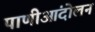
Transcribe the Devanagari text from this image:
पाणीआंदोलन